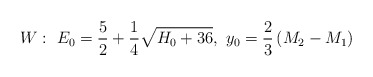
\begin{align*}W:~E_0={5\over 2}+{1\over 4}\sqrt{H_0+36},~y_0={2\over 3}\left(M_2-M_1\right)\end{align*}